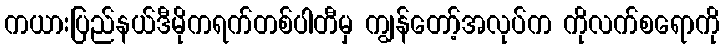
ကယားပြည်နယ်ဒီမိုကရက်တစ်ပါတီမှ ကျွန်တော့်အလုပ်က ကိုလက်စရောကို